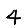
Digit: 4